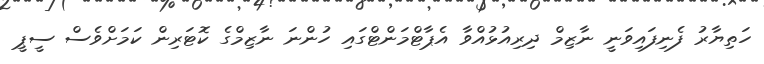
ހަތިޔާރު ފެނިފައިވަނީ ނާޒިމް ދިރިއުޅުއްވާ އެޕާޓްމަންޓްގައި ހުންނަ ނާޒިމްގެ ކޮޓަރިން ކަމަށްވެސް ސީޕީ